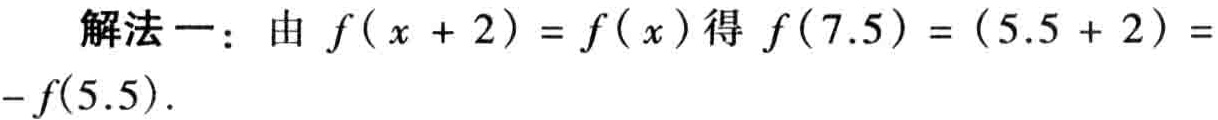
解法一：由 \(f(x + 2) = f(x)\) 得 \(f(7.5) = (5.5 + 2) = -f(5.5)\).